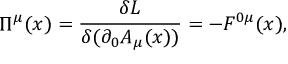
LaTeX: \Pi ^ { \mu } ( x ) = \frac { \delta L } { \delta ( \partial _ { 0 } A _ { \mu } ( x ) ) } = - F ^ { 0 \mu } ( x ) ,